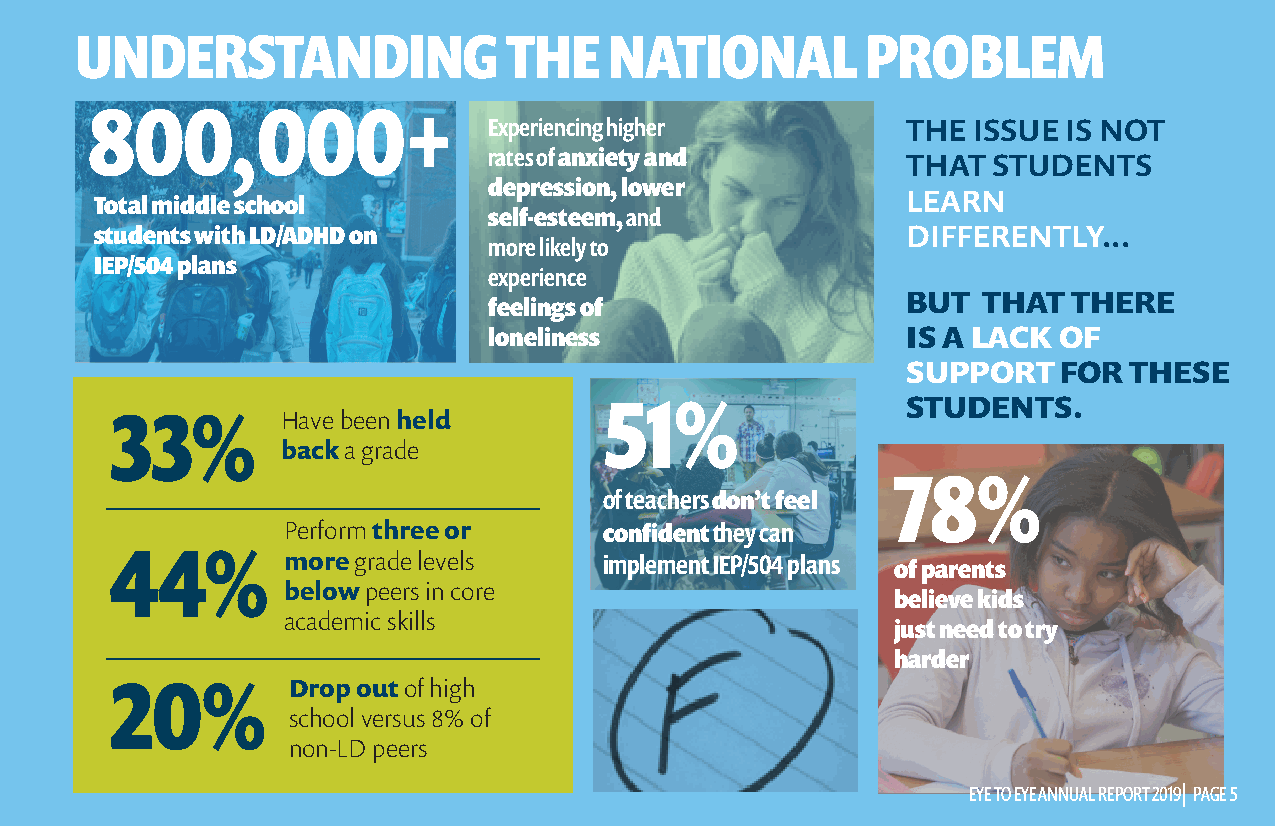
UNDERSTANDING                THE   NATIONAL         PROBLEM
 800,000+
 Experiencing higher         THE ISSUE  IS NOT
 rates of anxiety and
 THAT  STUDENTS
 depression, lower
 LEARN
 Total middle school
 self-esteem, and
 students with LD/ADHD on                              DIFFERENTLY...
 more likely to
 IEP/504 plans
 experience
 BUT  THAT  THERE
 feelings of
 loneliness                  IS A LACK OF
 SUPPORT   FOR  THESE
 51%                 STUDENTS.
 33%         Have been held
 back a grade
 78%
 of teachers don’t feel
 Perform three or     confident they can
 44%         more grade levels    implement IEP/504 plans of parents
 below peers in core
 believe kids
 academic skills
 just need to try
 harder
 20%         Drop out of high
 school versus 8% of
 non-LD peers
 EEYYEE TTOO EEYYEE AANNNNUUAALL RREEPPOORRTT 22001199|| PPAAGGEE 55